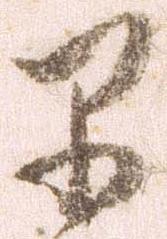
早